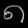
Digit: ၈